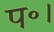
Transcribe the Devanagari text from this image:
प॰।